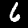
Digit: 6